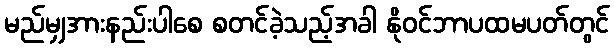
မည်မျှအားနည်းပါစေ စတင်ခဲ့သည့်အခါ နိုဝင်ဘာပထမပတ်တွင်